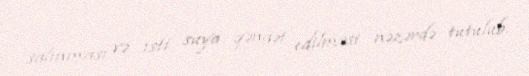
salınması və isti suya qənaət edilməsi nəzərdə tutulub.